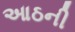
આઠની